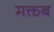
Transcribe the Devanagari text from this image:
मक्तब